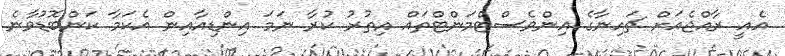
އެއީ ރާއްޖެއަށް ޗައިނާގެ އިންވެސްޓްމަންޓްތައް އިތުރު ކުރާ ނަމަ އިންޑިއާއިން އެކަމާ ކަންބޮޑުވާނެ